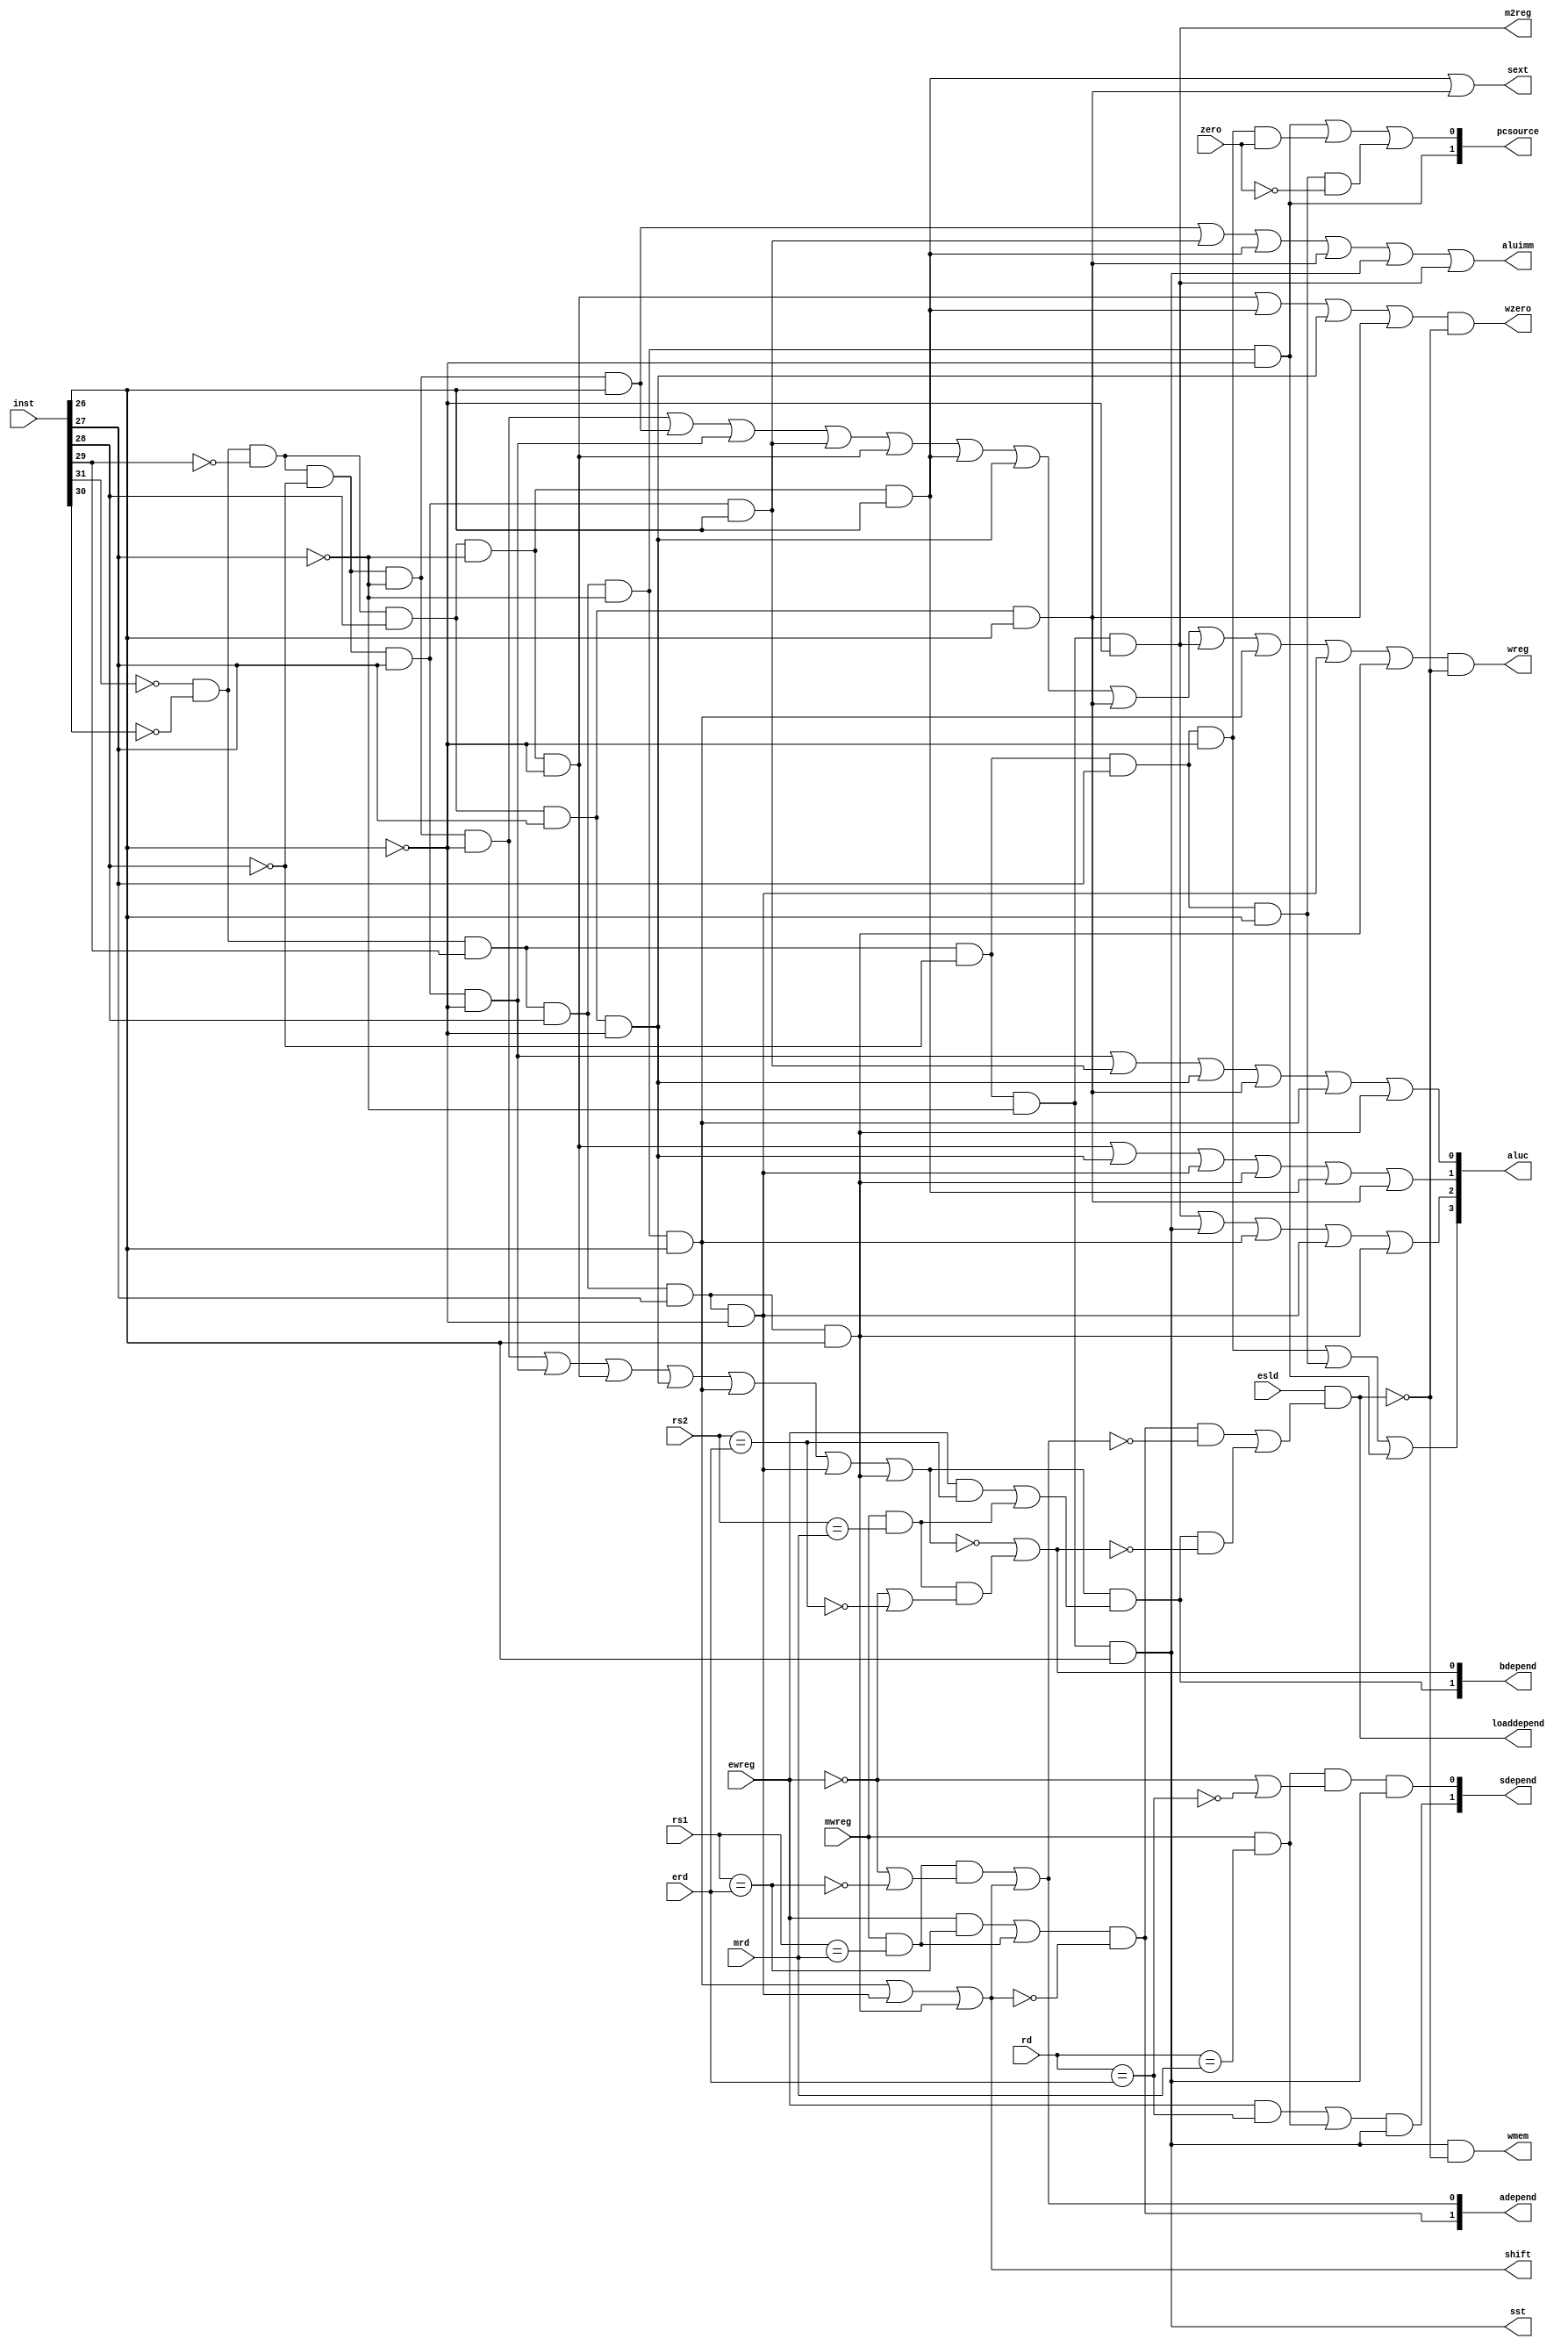
module cu(inst,zero,rs1,rs2,rd,erd,mrd,ewreg,mwreg,esld,
			wreg,sst,m2reg,shift,aluimm,sext,aluc,wmem,pcsource,adepend,bdepend,sdepend,loaddepend,wzero);
	input[31:0] inst;
	input zero;
	input[4:0] rs1,rs2,rd,erd,mrd;
	input ewreg,mwreg,esld;
	
	output wreg,sst,m2reg,shift,aluimm,sext,wmem;
	output[3:0] aluc;
	output[1:0]	pcsource;
	output[1:0] adepend,bdepend,sdepend;
	output loaddepend,wzero;
	
	wire i_and  = ~inst[31]&~inst[30]&~inst[29]&~inst[28]&~inst[27]&~inst[26];
	wire i_andi  = ~inst[31]&~inst[30]&~inst[29]&~inst[28]&~inst[27]&inst[26];
	wire i_or  = ~inst[31]&~inst[30]&~inst[29]&~inst[28]&inst[27]&~inst[26];
	wire i_ori  = ~inst[31]&~inst[30]&~inst[29]&~inst[28]&inst[27]&inst[26];
	wire i_add  = ~inst[31]&~inst[30]&~inst[29]&inst[28]&~inst[27]&~inst[26];
	wire i_addi  = ~inst[31]&~inst[30]&~inst[29]&inst[28]&~inst[27]&inst[26];
	wire i_sub  = ~inst[31]&~inst[30]&~inst[29]&inst[28]&inst[27]&~inst[26];
	wire i_subi  = ~inst[31]&~inst[30]&~inst[29]&inst[28]&inst[27]&inst[26];
	wire i_load  = ~inst[31]&~inst[30]&inst[29]&~inst[28]&~inst[27]&~inst[26];
	wire i_store  = ~inst[31]&~inst[30]&inst[29]&~inst[28]&~inst[27]&inst[26];
	wire i_beq  = ~inst[31]&~inst[30]&inst[29]&~inst[28]&inst[27]&~inst[26];
	wire i_bne  = ~inst[31]&~inst[30]&inst[29]&~inst[28]&inst[27]&inst[26];
	wire i_branch  = ~inst[31]&~inst[30]&inst[29]&inst[28]&~inst[27]&~inst[26];
	wire i_sll  = ~inst[31]&~inst[30]&inst[29]&inst[28]&~inst[27]&inst[26];
	wire i_srl  = ~inst[31]&~inst[30]&inst[29]&inst[28]&inst[27]&~inst[26];
	wire i_sra  = ~inst[31]&~inst[30]&inst[29]&inst[28]&inst[27]&inst[26];
	
	wire eequ_rs1 = (rs1==erd);
	wire mequ_rs1 = (rs1==mrd);
	wire eequ_rs2 = (rs2==erd);
	wire mequ_rs2 = (rs2==mrd);
	
	wire erd_equ = (rd==erd);
	wire mrd_equ = (rd==mrd);
	
	wire rs2isReg = i_and|i_or|i_add|i_sub|i_sll|i_srl|i_sra;

	assign	wreg	= (i_and|i_andi|i_or|i_ori|i_add| i_addi|i_sub|i_subi|i_load|i_sll|i_srl|i_sra)&~loaddepend; //1
	assign	sst	= i_store;	//store     1rdrs2
	assign	m2reg	= i_load;	//  1ALU
	assign	shift	= i_sll|i_srl|i_sra;  //ALU a     1
	assign   aluimm = i_andi|i_ori|i_addi|i_subi|i_store|i_load;	 //ALU b       1
	assign   sext	= i_addi|i_subi;    //        1
	assign   wmem	= i_store&~loaddepend;		//              1
	
	
	//ALU		
	
	assign aluc[3] = i_beq|i_bne|i_branch;
	assign aluc[2] = i_load|i_store|i_sll|i_srl|i_sra;
	assign aluc[1] = i_add|i_sub|i_srl|i_sra|i_addi|i_subi;
	assign aluc[0] = i_or|i_ori|i_sub|i_subi|i_sll|i_sra;
	
	
	
	//  00PC+40111
	
	assign pcsource[1] = i_branch;
	assign pcsource[0] = i_branch|(i_beq&zero)|(i_bne&(~zero));
	
	//adepend
	
	assign adepend[1] = ((ewreg&eequ_rs1)|(mwreg&mequ_rs1))&~shift;
	assign adepend[0] = (mwreg&mequ_rs1&(~ewreg|~eequ_rs1))|shift;
	
	//bdepend
	
	assign bdepend[1] = rs2isReg&((ewreg&eequ_rs2)|(mwreg&mequ_rs2));
	assign bdepend[0] = ~rs2isReg|(mwreg&mequ_rs2&(~ewreg|~eequ_rs2));
	
	//sdepend
	/*
		sdepend == 00  ->   mqb
		sdepend == 01  ->  
		sdepend == 10  ->  erd d
		sdepend == 11  ->  mrd pre_d
	*/
	
	assign sdepend[1] = ((ewreg&erd_equ)|(mwreg&mrd_equ))&i_store;
	assign sdepend[0] = (mwreg&mrd_equ&(~ewreg|~erd_equ))&i_store;
	
	//loaddepend
	assign loaddepend = esld & ( (adepend[1]&~adepend[0]) | (bdepend[1]&~bdepend[0]) );

	// wzero
	assign wzero = (i_add|i_addi|i_sub|i_subi)&~loaddepend;
	
endmodule